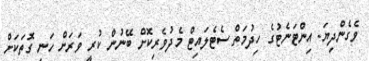
ވެގެންދިޔަ. އިންޓަނެޓުގެ ހިދުމަތް ސެޓެލައިޓް މެދުވެރިކޮށް ބޭނުން ކުރީ ވަރަށް ހަނި ގޮތަކަށް